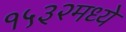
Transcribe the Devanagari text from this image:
१५३२मध्ये